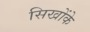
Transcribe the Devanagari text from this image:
सिखोंके